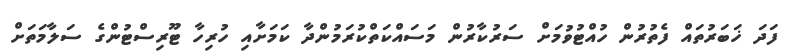
ފަދަ ޚަބަރުތައް ފެތުރުން ހުއްޓުވުމަށް ސަރުކާރުން މަސައްކަތްކުރަމުންދާ ކަމަށާއި ހުރިހާ ޓޫރިސްޓުންގެ ސަލާމަތަށް